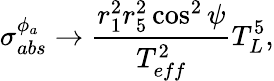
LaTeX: \sigma_{abs}^{\phi_{a}}\rightarrow\frac{r_{1}^{2}r_{5}^{2}\cos^{2}\psi}{T_{eff}^{2}}T_{L}^{5},